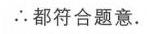
\(\therefore\)都符合题意.